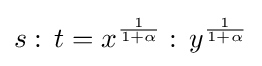
\textstyle s:\,t=x^{\frac {1}{1+\alpha }}:\,y^{\frac {1}{1+\alpha }}